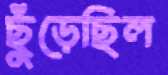
ছুঁড়েছিল